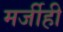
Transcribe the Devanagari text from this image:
मर्जीही